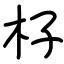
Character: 杍